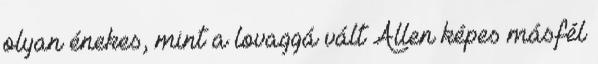
olyan énekes, mint a lovaggá vált Allen képes másfél